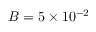
B = 5 \times 1 0 ^ { - 2 }